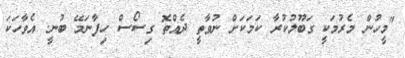
"މީހުން މެރުމަކީ ގަބޫލުކުރާ ކަމަކަށް ނުވާތީ ދެއްތޮ ގިސޯސް ހިފާނަމޭ ބުނީ. އެވާހަކަ